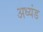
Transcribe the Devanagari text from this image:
अध्यंड